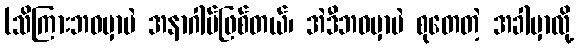
(သိကြားဘဝမှာပဲ အနာဂါမ်ဖြစ်တယ်၊ အဲဒီဘဝမှာပဲ စုတေတဲ့ အခါမှာလို့